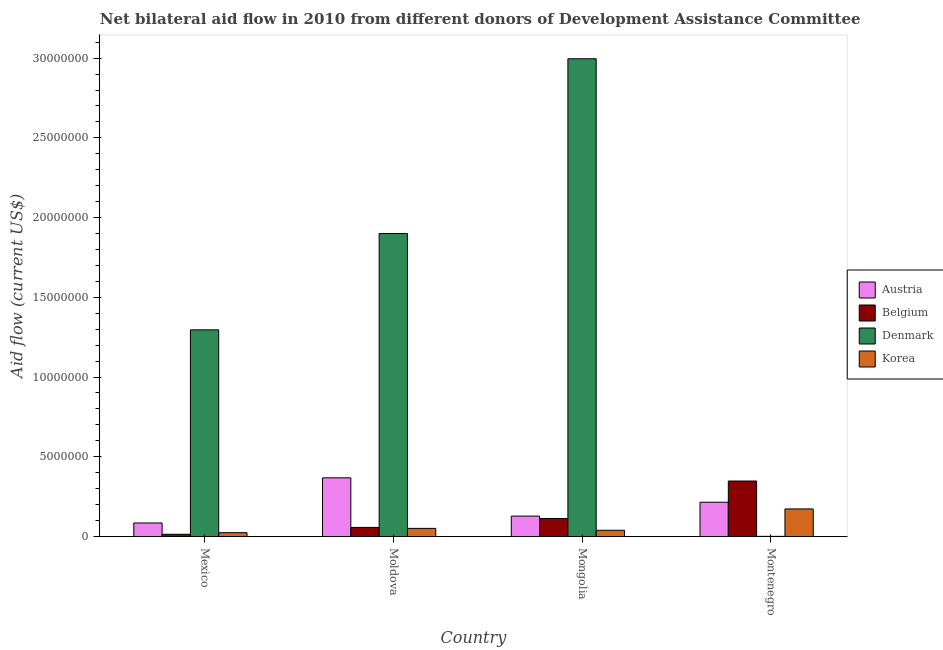
| Country | Austria | Belgium | Denmark | Korea |
 | --- | --- | --- | --- | --- |
 | Mexico | 8.5e+05 | 1.4e+05 | 1.3e+07 | 2.4e+05 |
 | Moldova | 3.68e+06 | 5.7e+05 | 1.9e+07 | 5.1e+05 |
 | Mongolia | 1.28e+06 | 1.13e+06 | 3e+07 | 3.9e+05 |
 | Montenegro | 2.15e+06 | 3.48e+06 | 1e+04 | 1.73e+06 |